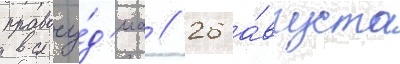
правосу́д'иа // 26 а́вгуста